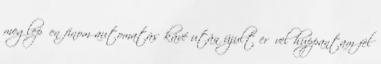
meglepően finom automatás kávé után újult erővel huppantam fel